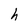
Character: h